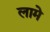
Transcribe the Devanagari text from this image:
लामे